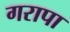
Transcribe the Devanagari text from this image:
गरापा